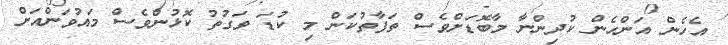
އެހެން އަންހެން ކުދިންނާ މާބޮޑަށްވެސް ތަފާތުކަން މި ކުޑަ ވަގުތު ކޮޅުންވެސް މައުވަންއަށް